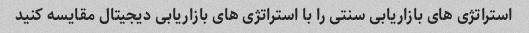
استراتژی های بازاریابی سنتی را با استراتژی های بازاریابی دیجیتال مقایسه کنید